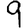
Digit: 9